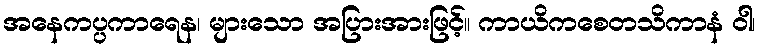
အနေကပ္ပကာရေန၊ များသော အပြားအားဖြင့်။ ကာယိကစေတသိကာနံ ဝါ၊